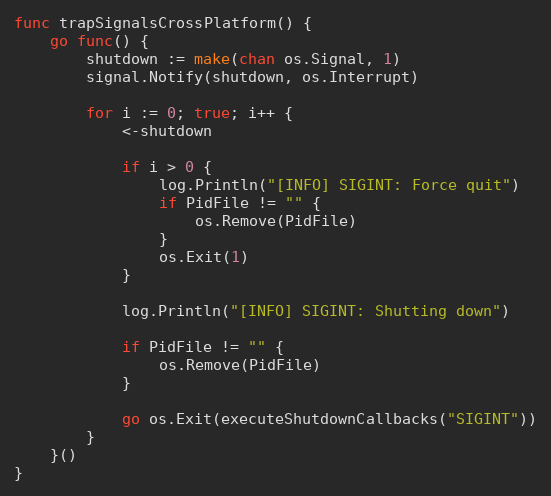
Language: Go
func trapSignalsCrossPlatform() {
	go func() {
		shutdown := make(chan os.Signal, 1)
		signal.Notify(shutdown, os.Interrupt)

		for i := 0; true; i++ {
			<-shutdown

			if i > 0 {
				log.Println("[INFO] SIGINT: Force quit")
				if PidFile != "" {
					os.Remove(PidFile)
				}
				os.Exit(1)
			}

			log.Println("[INFO] SIGINT: Shutting down")

			if PidFile != "" {
				os.Remove(PidFile)
			}

			go os.Exit(executeShutdownCallbacks("SIGINT"))
		}
	}()
}